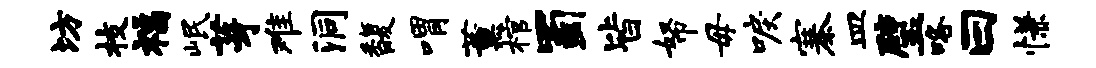
坊枝福岷芽难洞馥喟薰棺蜀皆帑毋唳寨皿璧咯曰慊